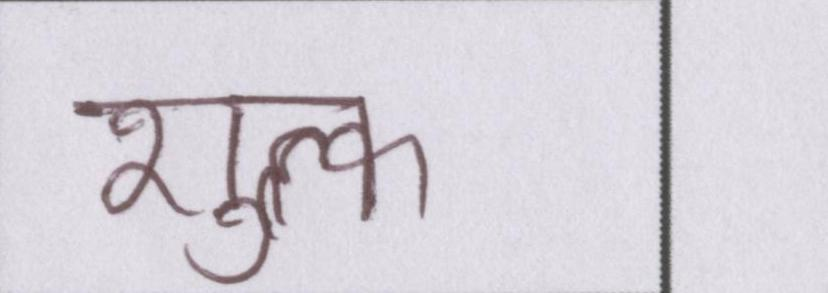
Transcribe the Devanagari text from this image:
शुल्क